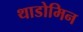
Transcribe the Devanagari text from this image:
थाडोमिन